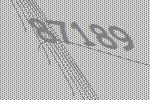
87189